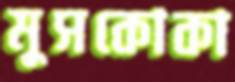
মুসকোকা